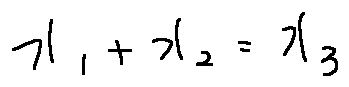
x _ { 1 } + x _ { 2 } = x _ { 3 }